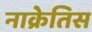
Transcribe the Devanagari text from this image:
नाक्रेतिस